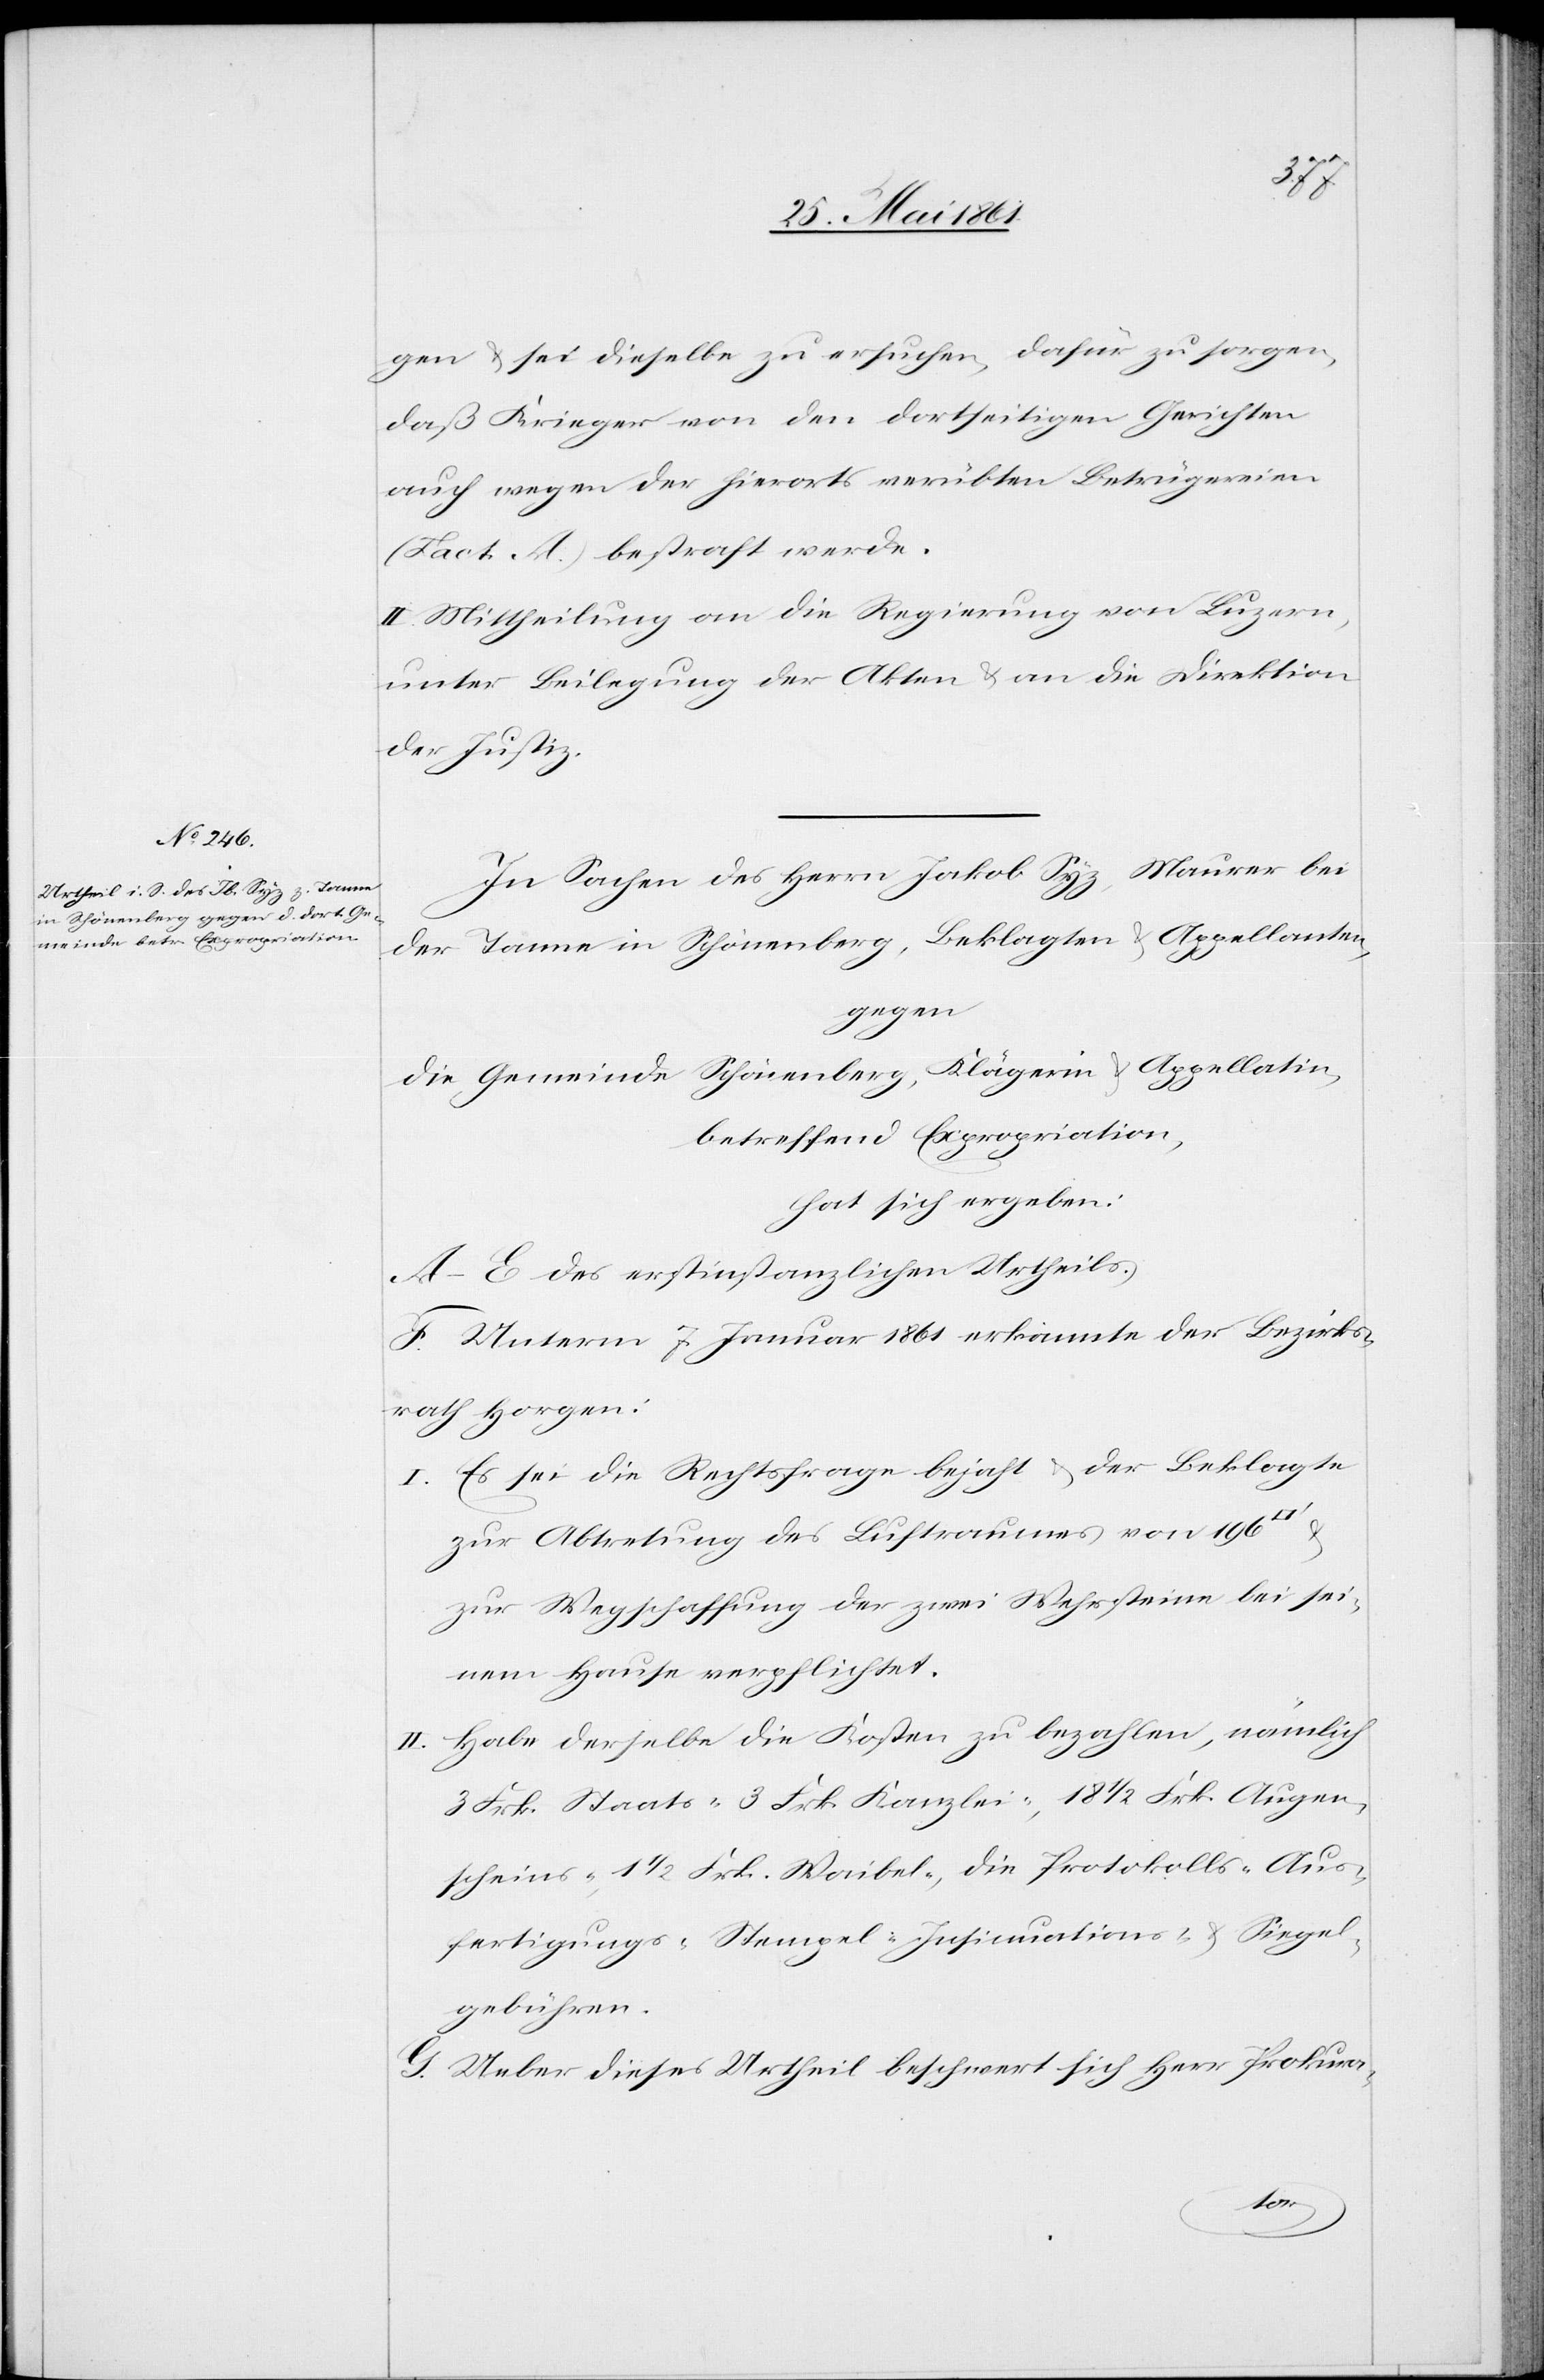
gen u. sei dieselbe zu ersuchen, dafür zu sorgen,
daß Krieger von den dortseitigen Gerichten
auch wegen der hierorts verübten Betrügereien
(Fact. A) bestraft werde.
II. Mittheilung an die Regierung von Luzern,
unter Beilegung der Akten u. an die Direktion
der Justiz.
In Sachen des Herrn Jakob Syz, Maurer bei
der Tanne in Schönenberg, Beklagten u. Appellanten,
gegen
die Gemeinde Schönenberg, Klägerin u. Appellatin,
betreffend Expropriation,
hat sich ergeben:
A–E. des erstinstanzlichen Urtheils.
F. Unterm 7. Januar 1861 erkannte der Bezirks¬
rath Horgen:
I. Es sei die Rechtsfrage bejaht u. der Beklagte
zur Abtretung des Luftraumes von 196
zur Wegschaffung der zwei Wehrsteine bei sei¬
nem Hause verpflichtet.
II. Habe derselbe die Kosten zu bezahlen, nämlich
3 Frk. Staats-[,] 3 Frk. Kanzlei-, 18 1/2 Frk. Aus¬
fertigungs-[,] Stempel-[,] Insinuations- u. Siegel¬
gebühren.
G. Ueber dieses Urtheil beschwert sich Herr Prokura-